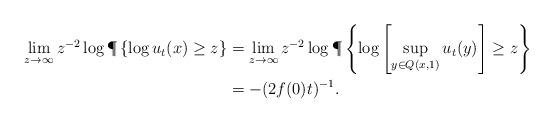
LaTeX: \begin{align*}\lim_{z\rightarrow \infty} z^{-2} \log \P\left\{ \log u_t(x) \ge z\right\}&=\lim_{z\rightarrow \infty} z^{-2} \log \P \left\{\log\left[\sup_{y\in Q(x,1)} u_t(y) \right] \ge z \right\}\\&=-(2f(0)t)^{-1}.\end{align*}